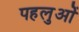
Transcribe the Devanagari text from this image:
पहलुओें